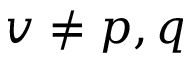
v \neq p , q